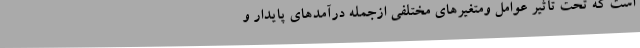
است که تحت تأثیر عوامل ومتغیّرهای مختلفی ازجمله درآمدهای پایدار و